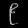
Digit: ၉